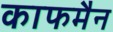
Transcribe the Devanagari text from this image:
काफमैन